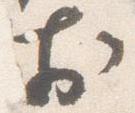
於